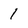
Character: 1